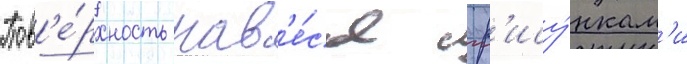
Пов'е́рхность нав'е́сов с р'ису́нкам'и